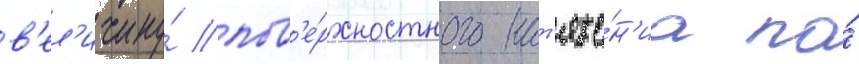
в'ел'ичину́ пов'е́рхностного нат'яже́н'иа по́